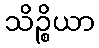
သိဉ္စိယာ